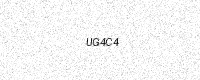
Text: UG4C4